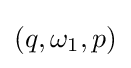
(q,\omega _{1},p)